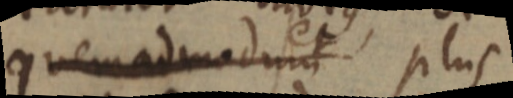
quemadmodum et plus